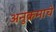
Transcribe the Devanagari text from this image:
अनुक्रमाचे